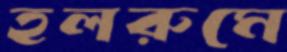
হলরুমে